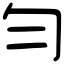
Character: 勻